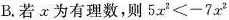
B.若x为有理数，则$$5x^{2}<-7x^{2}$$